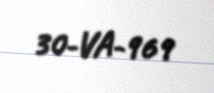
30-VA-969